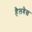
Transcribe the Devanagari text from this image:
हैलबैख़